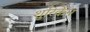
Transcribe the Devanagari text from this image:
शुरिकेंन